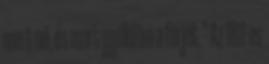
mert nő, és mert gyűlölöm a férjét.” Az 1811-es